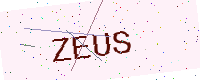
Text: ZEUS